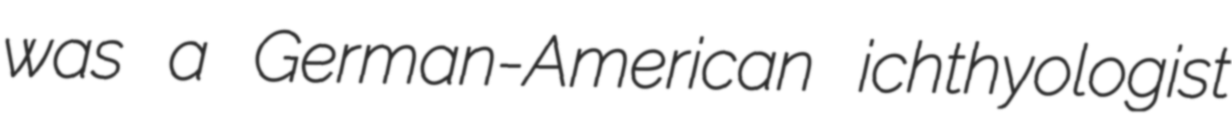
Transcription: was a German-American ichthyologist